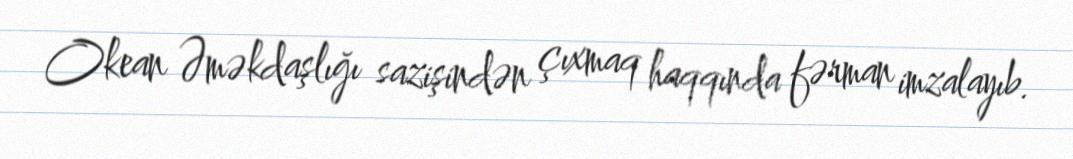
Okean Əməkdaşlığı sazişindən çıxmaq haqqında fərman imzalayıb.